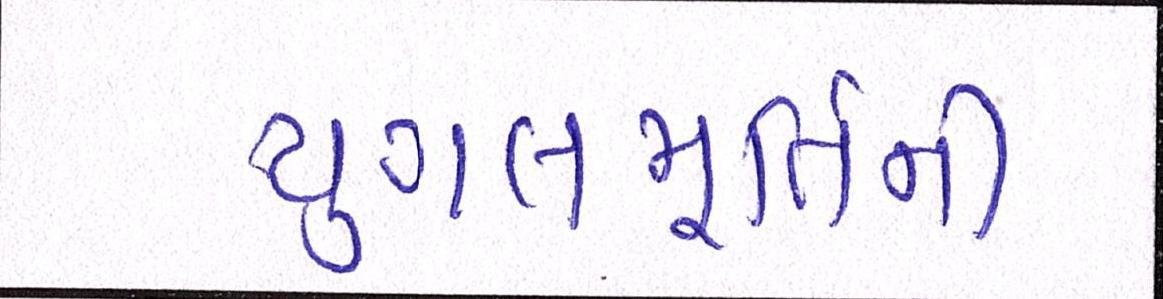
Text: યુગલમૂર્તિની